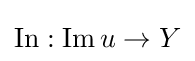
\operatorname {In} :\operatorname {Im} u\to Y